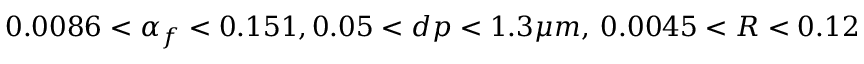
0 . 0 0 8 6 < \alpha _ { f } < 0 . 1 5 1 , 0 . 0 5 < d p < 1 . 3 \mu m , \: 0 . 0 0 4 5 < R < 0 . 1 2